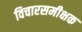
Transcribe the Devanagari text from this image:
विचारसमीक्षक